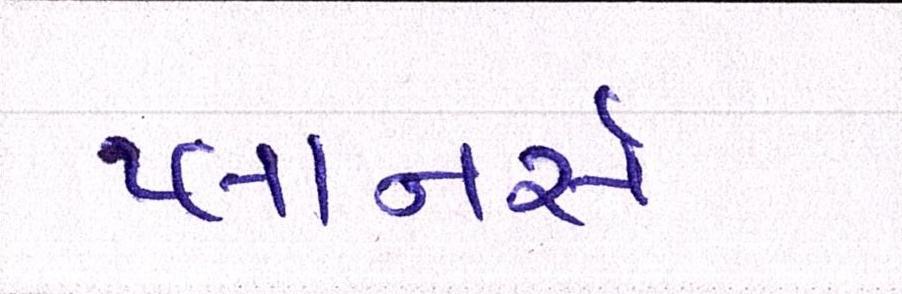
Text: પ્લાનર્સ